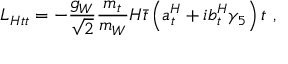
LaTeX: { \cal L } _ { { \cal H } t t } = - \frac { g _ { W } } { \sqrt 2 } \frac { m _ { t } } { m _ { W } } { \cal H } \bar { t } \left( a _ { t } ^ { \cal H } + i b _ { t } ^ { \cal H } \gamma _ { 5 } \right) t ~ ,